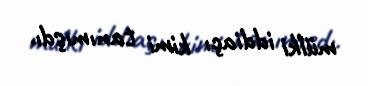
mülki iddiaçı kimi tanımışdı.